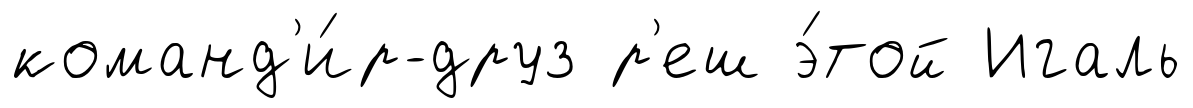
команд'и́р-друз р'еш э́той Игаль